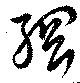
綱